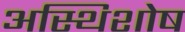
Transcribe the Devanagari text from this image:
अस्थिशोष